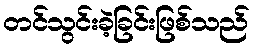
တင်သွင်းခဲ့ခြင်းဖြစ်သည်